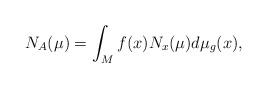
LaTeX: \begin{align*} N_A(\mu) = \int_M f(x) N_x(\mu) d \mu_g(x),\end{align*}